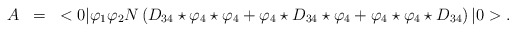
\begin{align*}\begin{array}{rcl}A&=&\displaystyle <0|\varphi_1\varphi_2N\left(D_{34}\star\varphi_4\star\varphi_4+\varphi_4\star D_{34}\star\varphi_4+\varphi_4\star\varphi_4\star D_{34}\right)|0>.\end{array}\end{align*}